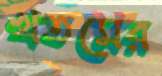
খতমের